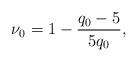
LaTeX: \begin{align*}\nu_0=1-\frac{q_0-5}{5q_0}, \end{align*}